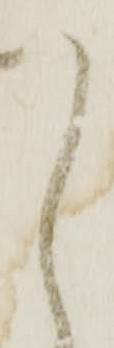
し